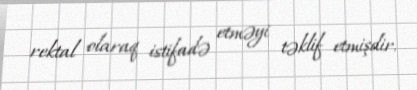
rektal olaraq istifadə etməyi təklif etmişdir.